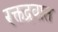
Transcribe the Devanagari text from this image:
रक्तद्रवात